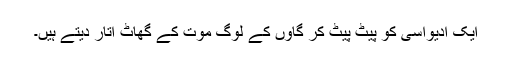
ایک آدیواسی کو پیٹ پیٹ کر گاؤں کے لوگ موت کے گھاٹ اتار دیتے ہیں۔